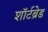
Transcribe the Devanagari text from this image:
शॉर्टब्रेड